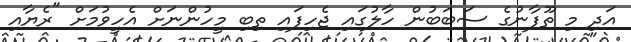
އަދި މި ތޫފާނުގެ ސަބަބުން ހާލުގައި ޖެހިފައި ތިބި މީހުންނަށް އެހީވުމަށް "ރެޔާއި